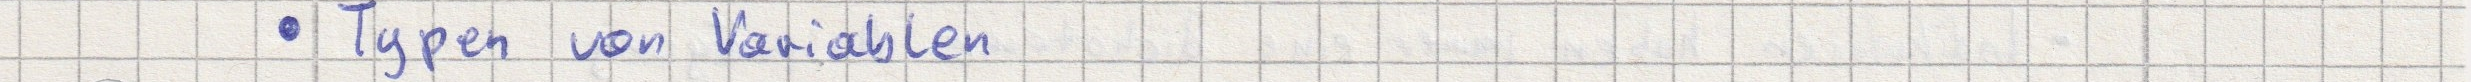
- Typen von Variablen